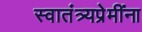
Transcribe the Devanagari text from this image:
स्वातंत्र्यप्रेमींना